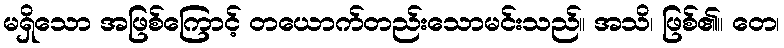
မရှိသော အဖြစ်ကြောင့် တယောက်တည်းသောမင်းသည်။ အသိ၊ ဖြစ်၏။ တေ၊